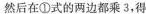
然后在①式的两边都乘3，得